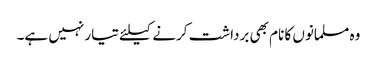
وہ مسلمانوں کا نام بھی برداشت کرنے کیلئے تیار نہیں ہے۔